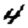
Digit: 4